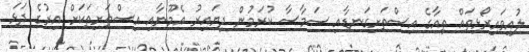
ލުއިވައިރޯޅިތައް ތިއާގެ އިސްތަށިގަނޑާއި ސަމާސާ ކުރަމުން ދިޔައިރު އެމޫނާއި އިސްތަށިތަކަށް އިރުގެ ދަޅަ